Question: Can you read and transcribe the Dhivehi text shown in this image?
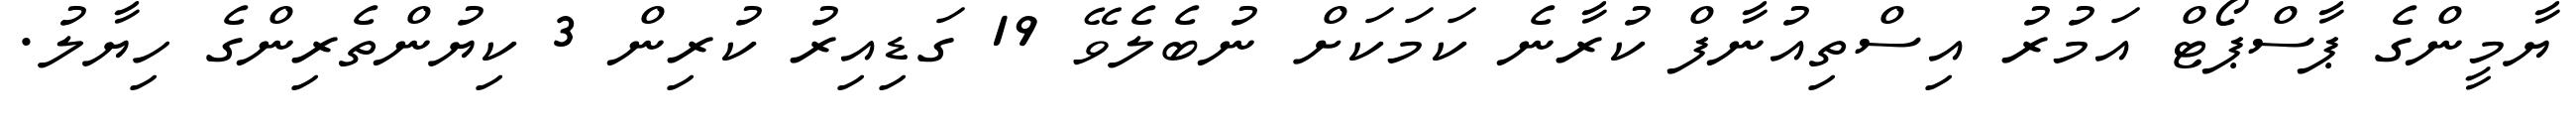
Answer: ޔާމީންގެ ޕާސްޕޯޓް އަމުރު އިސްތިއުނާފް ކުރާނެ ކަމަކަށް ނުބެލެވޭ 19 ގަޑިއިރު ކުރިން 3 ކިޔުންތެރިންގެ ހިޔާލު.